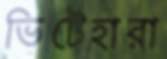
ভিটেহারা